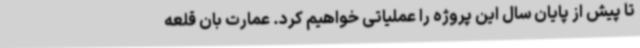
تا پیش از پایان سال این پروژه را عملیاتی خواهیم کرد. عمارت بان قلعه